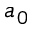
a _ { 0 }